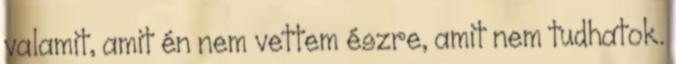
valamit, amit én nem vettem észre, amit nem tudhatok.